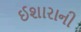
ઈશારાની